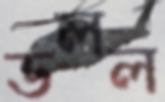
ডলল